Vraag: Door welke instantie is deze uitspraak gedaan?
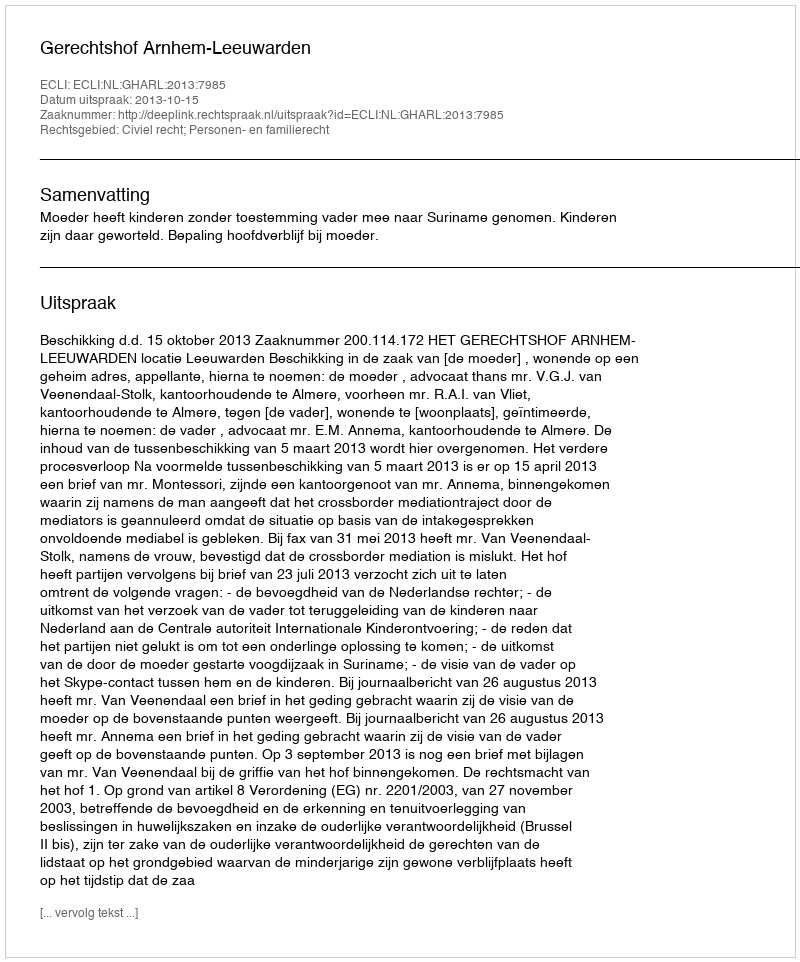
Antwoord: Gerechtshof Arnhem-Leeuwarden